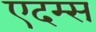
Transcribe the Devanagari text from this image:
एदम्स